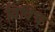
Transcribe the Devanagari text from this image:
विविच्